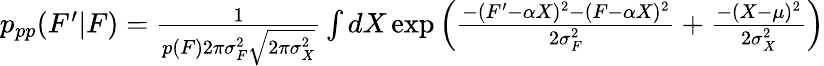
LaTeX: \begin{array}{r}{p_{pp}(F^{\prime}|F)=\frac{1}{p(F)2\pi\sigma_{F}^{2}\sqrt{2\pi\sigma_{X}^{2}}}\int dX\exp\left(\frac{-(F^{\prime}-\alpha X)^{2}-(F-\alpha X)^{2}}{2\sigma_{F}^{2}}+\frac{-(X-\mu)^{2}}{2\sigma_{X}^{2}}\right)}\end{array}